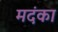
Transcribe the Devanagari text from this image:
मदंका